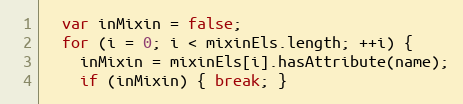
Language: JavaScript
  var inMixin = false;
  for (i = 0; i < mixinEls.length; ++i) {
    inMixin = mixinEls[i].hasAttribute(name);
    if (inMixin) { break; }